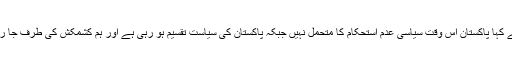
انہوں نے کہا پاکستان اس وقت سیاسی عدم استحکام کا متحمل نہیں جبکہ پاکستان کی سیاست تقسیم ہو رہی ہے اور ہم کشمکش کی طرف جا رہے ہیں۔